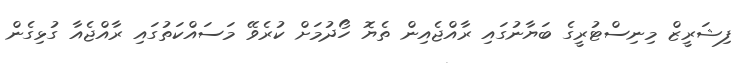
ފިޝަރީޒް މިނިސްޓުރީގެ ބަޔާނުގައި ރާއްޖެއިން ތެޔޮ ހޯދުމަށް ކުރެވޭ މަސައްކަތުގައި ރާއްޖެއާ ގުޅިގެން